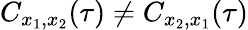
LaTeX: C_{x_{1},x_{2}}(\tau)\ne C_{x_{2},x_{1}}(\tau)